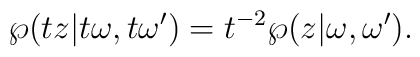
\wp (tz|t\omega,t\omega') =t\sp{-2}\wp (z|\omega,\omega').